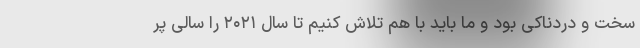
سخت و دردناکی بود و ما باید با هم تلاش کنیم تا سال ۲۰۲۱ را سالی پر